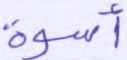
أسوة